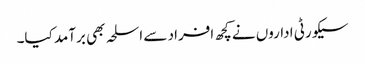
سیکورٹی اداروں نے کچھ افراد سے اسلحہ بھی برآمد کیا۔